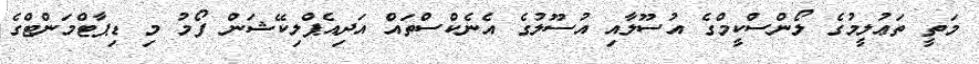
މަތީ ތަޢުލީމުގެ ލޯންސްކީމްގެ އުސޫލާއި އުސޫލުގެ އެނެކްސްތައް އަދިއެޕްލިކޭޝަން ފޯމު މި ޑިޕާޓްމަންޓްގެ